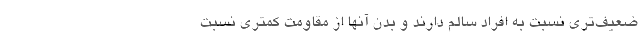
ضعیف‌تری نسبت به افراد سالم دارند و بدن آنها از مقاومت کمتری نسبت